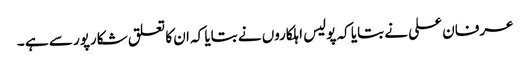
عرفان علی نے بتایا کہ پولیس اہلکاروں نے بتایا کہ ان کا تعلق شکارپور سے ہے ۔